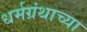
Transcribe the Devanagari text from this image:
धर्मग्रंथाच्या